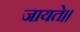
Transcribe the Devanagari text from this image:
जायते॥